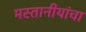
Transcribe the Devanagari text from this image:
मस्तानीयांचा